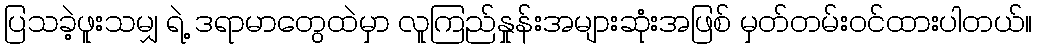
ပြသခဲ့ဖူးသမျှ ရဲ့ ဒရာမာတွေထဲမှာ လူကြည်နှုန်းအများဆုံးအဖြစ် မှတ်တမ်းဝင်ထားပါတယ်။